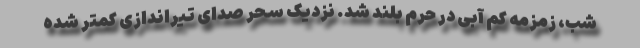
شب، زمزمه کم آبی در حرم بلند شد. نزدیک سحر صدای تیراندازی کمتر شده